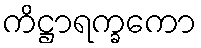
ကိဋ္ဌာရက္ခကော